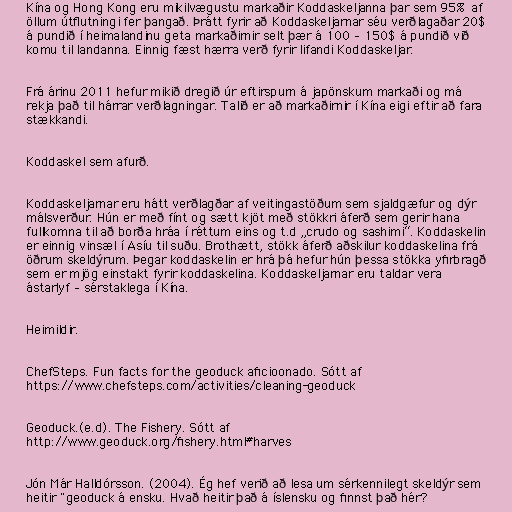
Kína og Hong Kong eru mikilvægustu markaðir Koddaskeljanna þar sem 95% af
öllum útflutningi fer þangað. Þrátt fyrir að Koddaskeljarnar séu verðlagaðar 20$
á pundið í heimalandinu geta markaðirnir selt þær á 100 – 150$ á pundið við
komu til landanna. Einnig fæst hærra verð fyrir lifandi Koddaskeljar.

Frá árinu 2011 hefur mikið dregið úr eftirspurn á japönskum markaði og má
rekja það til hárrar verðlagningar. Talið er að markaðirnir í Kína eigi eftir að fara
stækkandi.

Koddaskel sem afurð.

Koddaskeljarnar eru hátt verðlagðar af veitingastöðum sem sjaldgæfur og dýr
málsverður. Hún er með fínt og sætt kjöt með stökkri áferð sem gerir hana
fullkomna til að borða hráa í réttum eins og t.d „crudo og sashimi“. Koddaskelin
er einnig vinsæl í Asíu til suðu. Brothætt, stökk áferð aðskilur koddaskelina frá
öðrum skeldýrum. Þegar koddaskelin er hrá þá hefur hún þessa stökka yfirbragð
sem er mjög einstakt fyrir koddaskelina. Koddaskeljarnar eru taldar vera
ástarlyf – sérstaklega í Kína.

Heimildir.

ChefSteps. Fun facts for the geoduck aficioonado. Sótt af
https://www.chefsteps.com/activities/cleaning-geoduck

Geoduck.(e.d). The Fishery. Sótt af
http://www.geoduck.org/fishery.html#harves

Jón Már Halldórsson. (2004). Ég hef verið að lesa um sérkennilegt skeldýr sem
heitir "geoduck á ensku. Hvað heitir það á íslensku og finnst það hér?